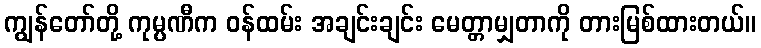
ကျွန်တော်တို့ ကုမ္ပဏီက ဝန်ထမ်း အချင်းချင်း မေတ္တာမျှတာကို တားမြစ်ထားတယ်။